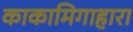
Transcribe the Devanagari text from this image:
काकामिगाहारा